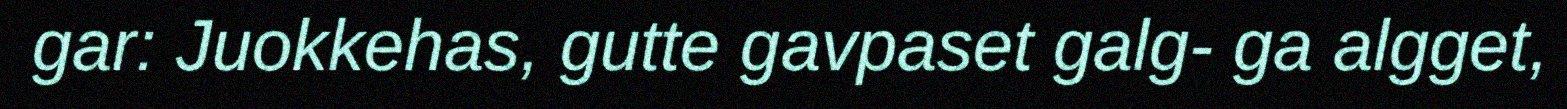
gar: Juokkehas, gutte gavpaset galg- ga algget,